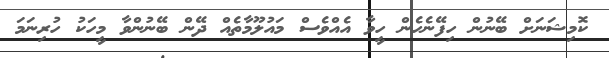
ކޮމިޝަނަށް ބޭނުން ހިފޭނެހެން ހީވާ އެއްވެސް މައުލޫމާތެއް ދޭން ބޭނުންވާ މީހަކު ހުރިނަމަ